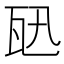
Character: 𤬫